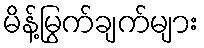
မိန့်မြွက်ချက်များ